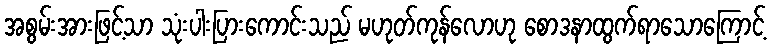
အစွမ်းအားဖြင့်သာ သုံးပါးပြားကောင်းသည် မဟုတ်ကုန်လောဟု စောဒနာထွက်ရာသောကြောင့်